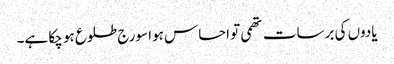
یادوں کی برسات تھمی تو احساس ہوا سورج طلوع ہو چکا ہے۔